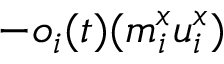
- o _ { i } ( t ) ( m _ { i } ^ { x } u _ { i } ^ { x } )